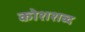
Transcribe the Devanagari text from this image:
कोशशब्द